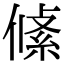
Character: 𠍞